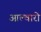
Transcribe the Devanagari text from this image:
आल्वारो